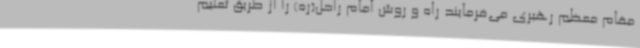
مقام معظم رهبری می‌فرمایند راه و روش امام راحل(ره) را از طریق تعلیم